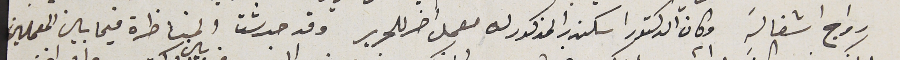
رواج اشغاله وكان الدكتور اسكندر المذكور له معمل اخر للحرير وقد حدثت المناظرة فيما بين المعملين